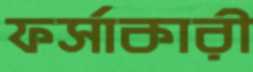
ফর্সাকারী